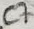
Text: C7